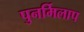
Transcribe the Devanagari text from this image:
पुनर्मिलाप